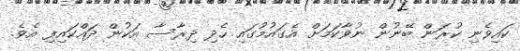
ކައިވެނި ކުރަން ބޭނުން ނުވާކަމަށް އެގައުމުގައި ހެދި ދިރާސާ އަކުން ދައްކައިފި އެވެ.